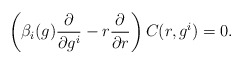
\begin{align*}\left(\beta_{i}(g)\frac{\partial}{\partial g^{i}}-r\frac{\partial}{\partial r}\right)C(r,g^{i})=0.\end{align*}